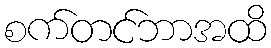
စက်တင်ဘာအထိ